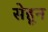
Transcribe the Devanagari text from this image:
सेहून